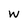
Character: w